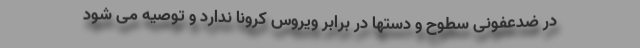
در ضدعفونی سطوح و دستها در برابر ویروس کرونا ندارد و توصیه می شود